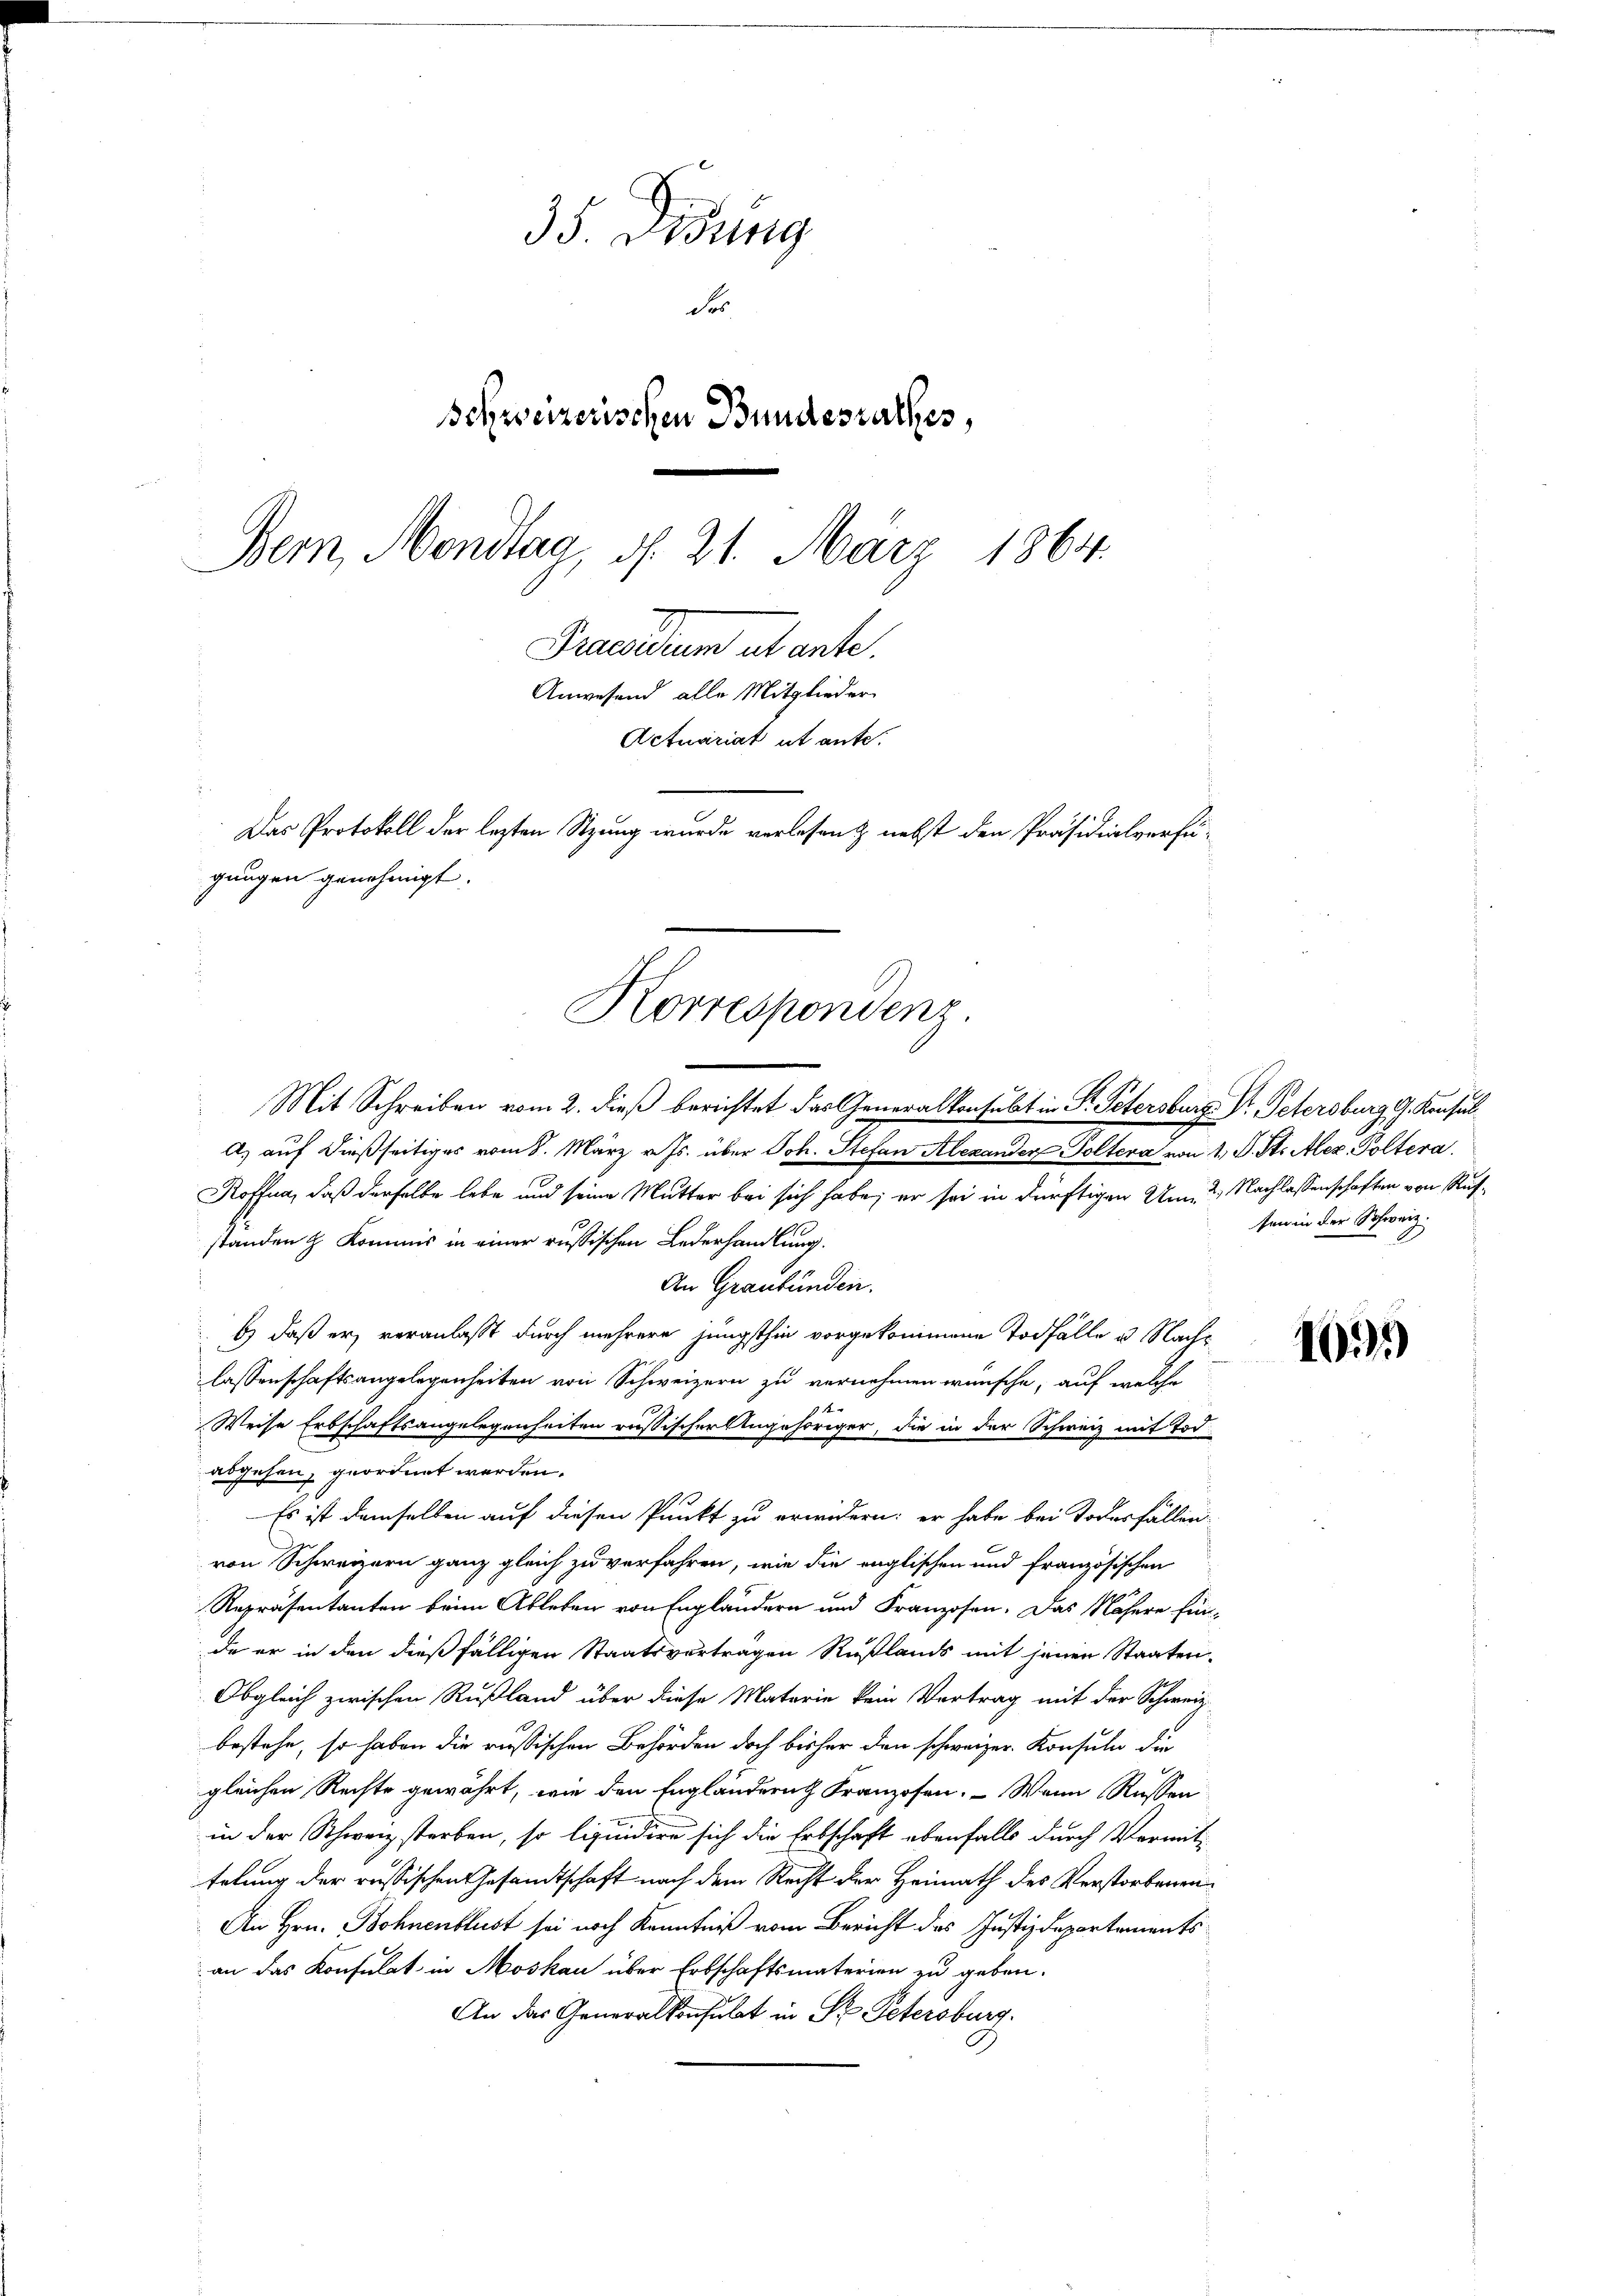
Korrespondenz.

35. Didung
Fr
Schweizerischen Bundesrathes,
.
Bern, Mondtag, d. 21. März 1864.
Praesidium et ente.
Anwesend alle Mitglieder
Actuariat ut ante.
Das Protokoll der lezten Sitzung wurde verlesen & nebst den Präsidialverfügungen genehmigt.

Mit Schreiben vom 2. dieß berichtet das Generalkonsubt in Fr. Petersburg. Dr. Petersburg G. Konsul
A. auf dießseitiges vom 8. März v. Js. über Joh. Stefan Alexander Poltera von 1 S. St. Alez. Poltera
Koffna, daß derselbe lebe und seine Mutter bei sich habe; er sei in dürftigen Um 2 Nachlassenschaften von Rufstanden & Kommis in einer russischen Lederhandlung.
An Graubünden.
b) daß er, veranlaßt durch mehrere jüngsthin vorgekommene Todfälle u. Nachslassenschaftsangelegenheiten von Schweizern zu vernehmen wünsche, auf welche
Weise Erbschaftsangelegenheiten russischer Angehöriger, die in der Schweiz mit Tod
abgehen, geordnet werden.
Es ist demselben auf diesen Punkt zu erwidern: er habe bei Todesfällen-
von Schweizern ganz gleich zu verfahren, wie die englischen und französischen
Repräsentanten beim Ableben von Engländern und Franzosen. Das Nähere Ein-
de er in den dießfälligen Staatsverträgen Rußlands mit jenen Staaten-
Obgleich zwischen Rußland über diese Materie kein Vertrag mit der Schweiz.
bestehe, so haben die russischen Behörden doch bisher den schweizer Konsuln die
gleichen Rechte gewährt, wie den Engländern Franzosen. Wenn Russen
in der Schweiz sterben, so liquidire sich die Erbschaft ebenfalls durch Vermittelung der russischen Gesandtschaft nach dem Recht der Heimath des Verstorbenen¬
An Hrn. Bohnenblust sei noch Kenntniß vom Bericht des Justizdepartements
an das Konsulat in Moskau über Erbschaftsmaterien zu geben.
An das Generalkonsulat in St. Petersburg.

sen in der Schweiz.

101)